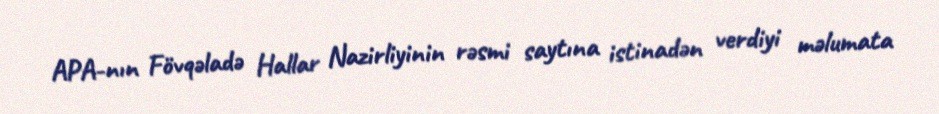
APA-nın Fövqəladə Hallar Nazirliyinin rəsmi saytına istinadən verdiyi məlumata